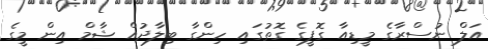
އަލް ނުސްރާގެ މީޑިއާ ގޮފީގެ ގޮތުގައި ހިންގާ ބިލާދުއް ޝާމް އިން މީގެ